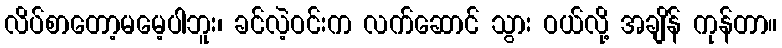
လိပ်စာတော့မမေ့ပါဘူး၊ ခင်လဲ့ဝင်းက လက်ဆောင် သွား ဝယ်လို့ အချိန် ကုန်တာ။